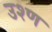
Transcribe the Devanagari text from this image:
उश्ण